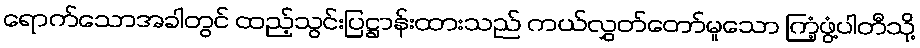
ရောက်သောအခါတွင် ထည့်သွင်းပြဋ္ဌာန်းထားသည် ကယ်လွှတ်တော်မူသော ကြံ့ဖွံ့ပါတီသို့